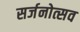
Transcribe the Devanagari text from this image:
सर्जनोत्सव